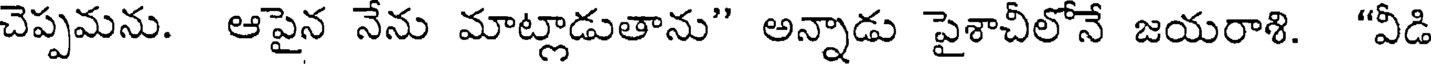
చెప్పమను. ఆపైన నేను మాట్లాడుతాను" అన్నాడు పైశాచీలోనే జయరాశి. "వీడి